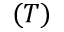
( T )